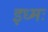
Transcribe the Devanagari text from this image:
इध्मः